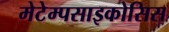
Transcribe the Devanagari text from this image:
मेटेम्पसाइकोसिस